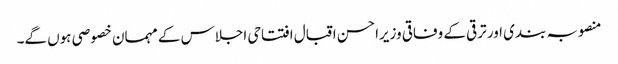
منصوبہ بندی اور ترقی کے وفاقی وزیراحسن اقبال افتتاحی اجلاس کے مہمان خصوصی ہوں گے۔